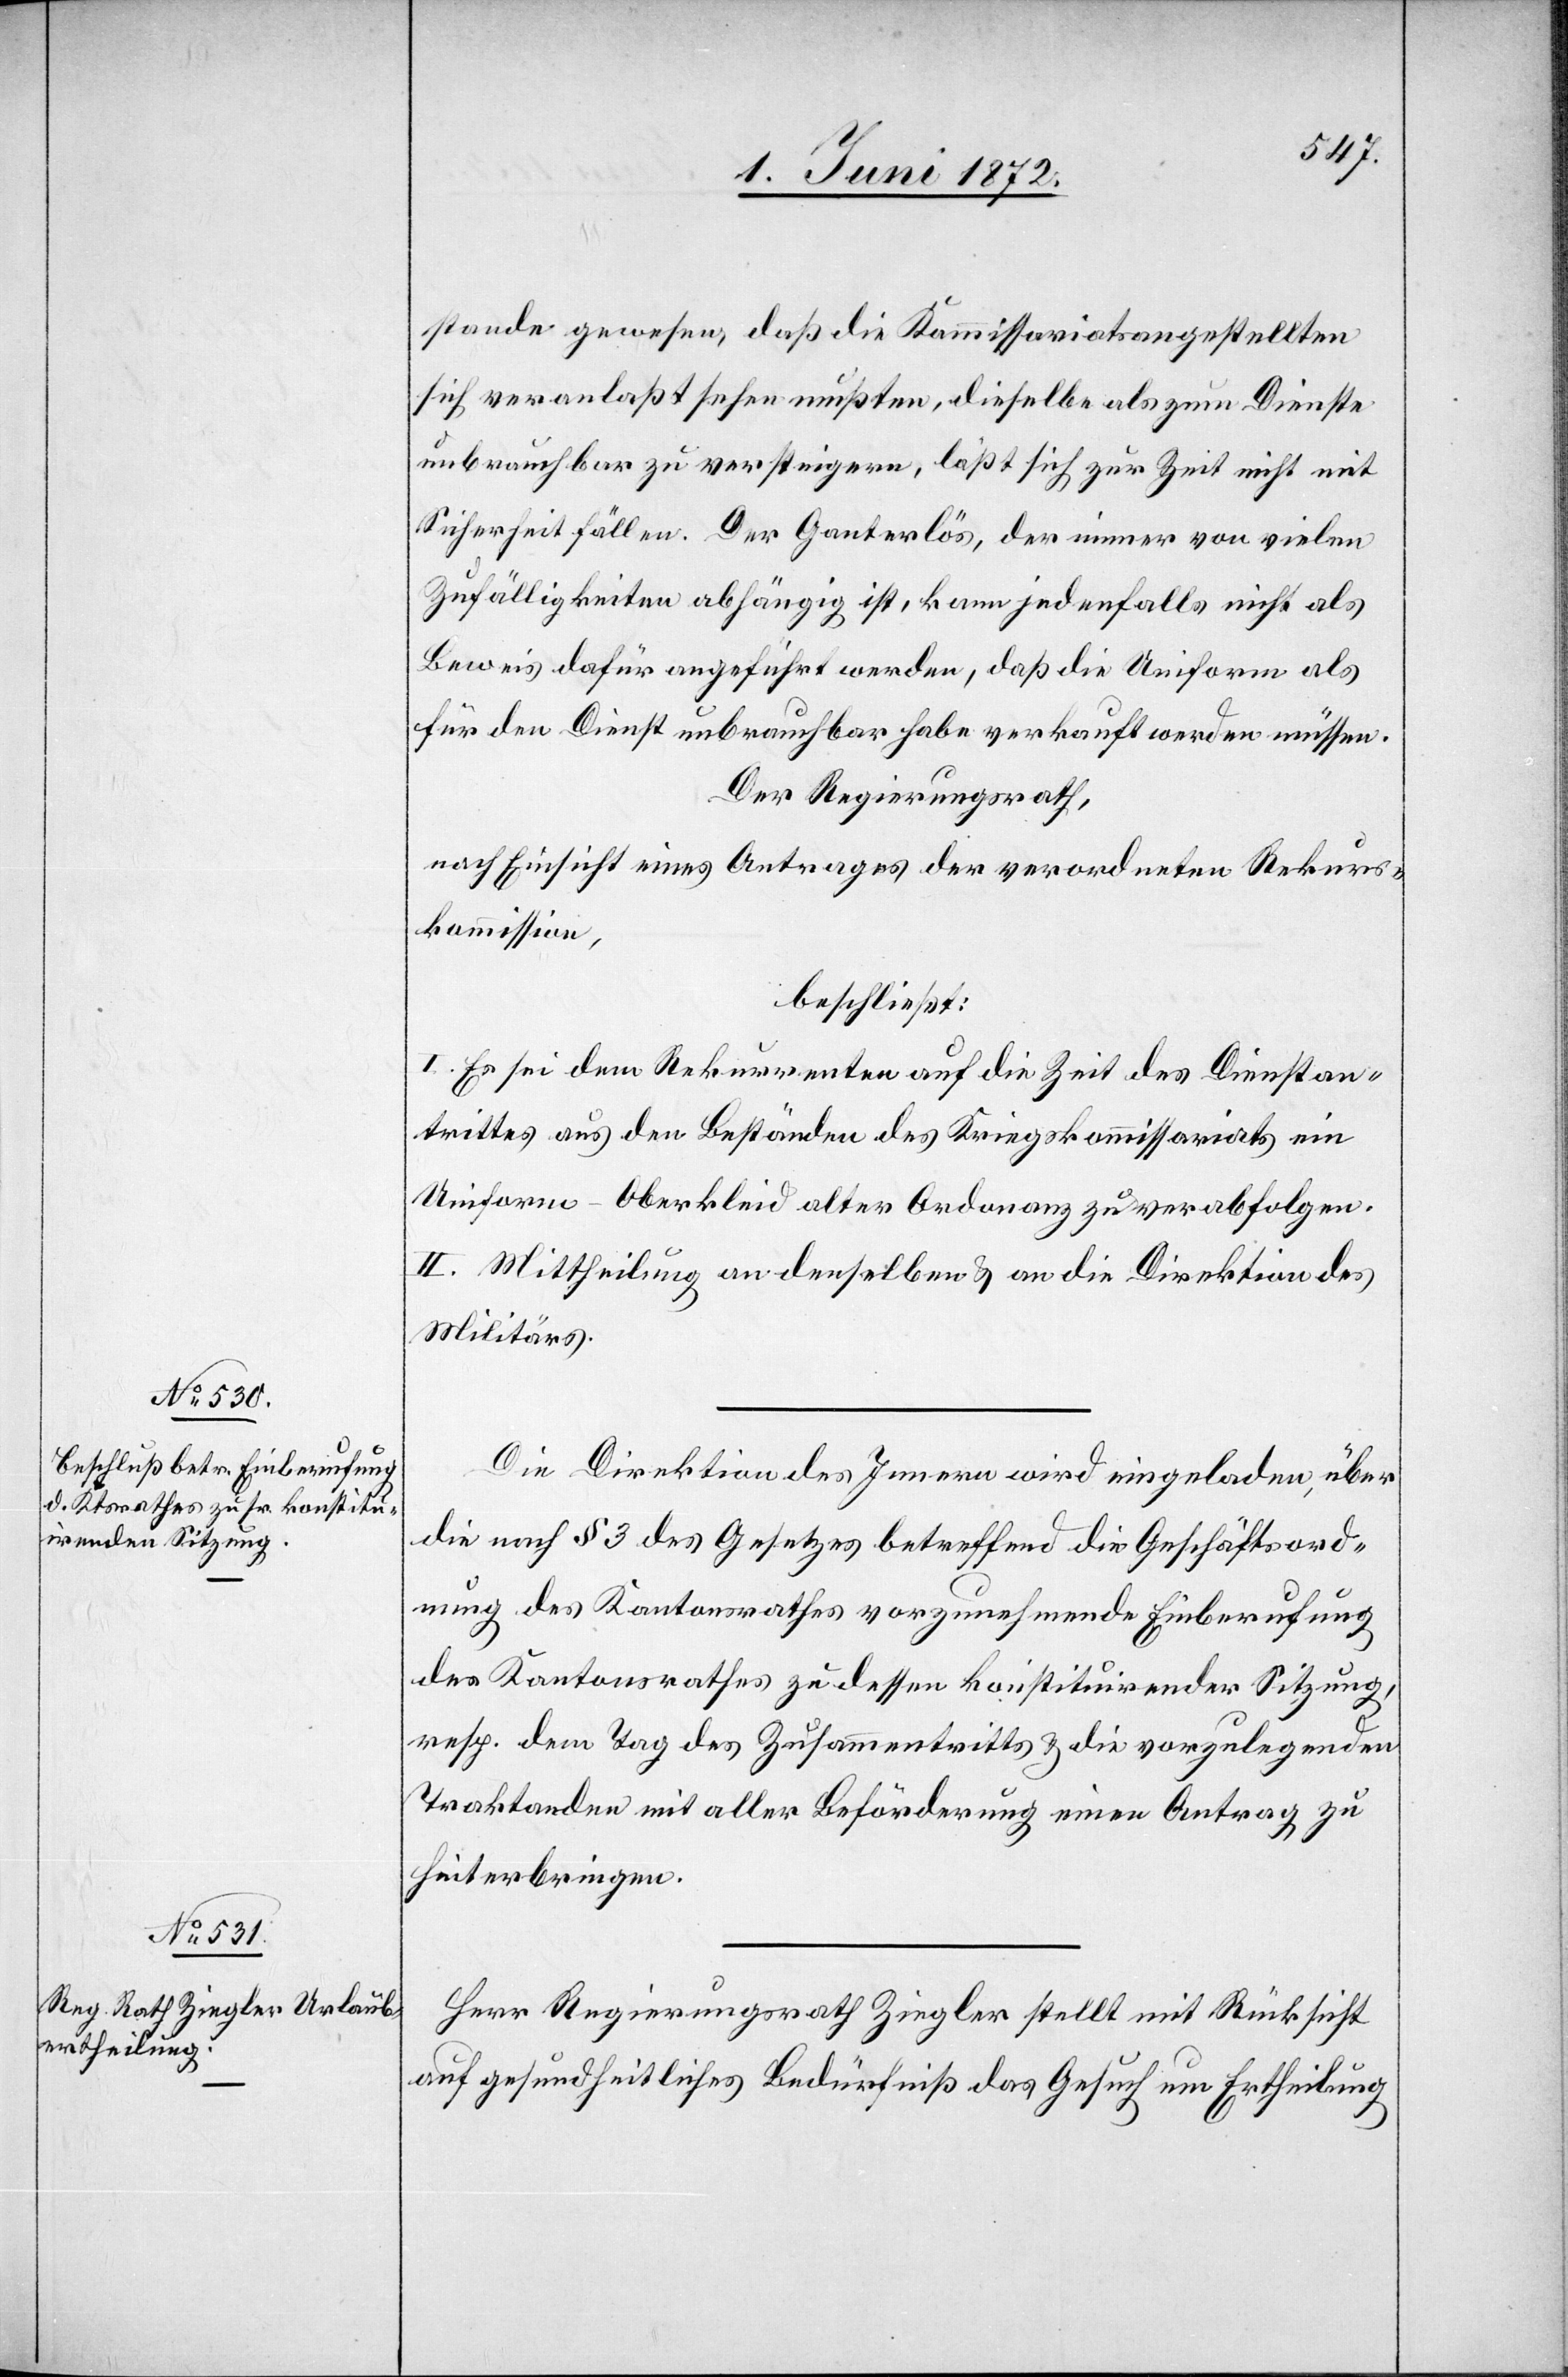
stande gewesen, daß die Kommissariatsangestellten
sich veranlaßt sehen mußten, dieselbe als zum Dienste
unbrauchbar zu versteigern, läßt sich zur Zeit nicht mit
Sicherheit fällen. Der Ganterlös, der immer von vielen
Zufälligkeiten abhängig ist, kann jedenfalls nicht als
Beweis dafür angeführt werden, daß die Uniform als
für den Dienst unbrauchbar habe verkauft werden müssen.
Der Regierungsrath,
nach Einsicht eines Antrages der verordneten Rekurs¬
kommission,
beschließt:
I. Es sei dem Rekurrenten auf die Zeit des Dienstan¬
trittes aus den Beständen des Kriegskommissariats ein
Uniform-Oberkleid alter Ordonanz zu verabfolgen.
II. Mittheilung an denselben u. an die Direktion des
Militärs.
Die Direktion des Innern wird eingeladen, über
die nach § 3 des Gesetzes betreffend die Geschäftsord¬
nung des Kantonsrathes vorzunehmende Einberufung
des Kantonsrathes zu dessen konstituirender Sitzung,
resp. dem Tag des Zusammentritts u. die vorzulegenden
Traktanden mit aller Beförderung einen Antrag zu
hinterbringen.
Herr Regierungsrath Ziegler stellt mit Rücksicht
auf gesundheitliches Bedürfniß das Gesuch um Ertheilung